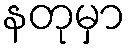
နတုမှာ